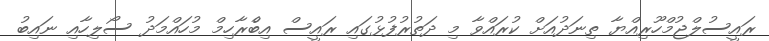
ރައީސުލްޖުމްހޫރިއްޔާ ތިނަދުއަށް ކުރައްވާ މި ދަތުރުފުޅުގައި ރައީސް އިބްެރާހިމް މުހައްމަދު ސޯލިހާއި ނައިބު